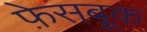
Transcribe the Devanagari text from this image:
फ़ेसबूक